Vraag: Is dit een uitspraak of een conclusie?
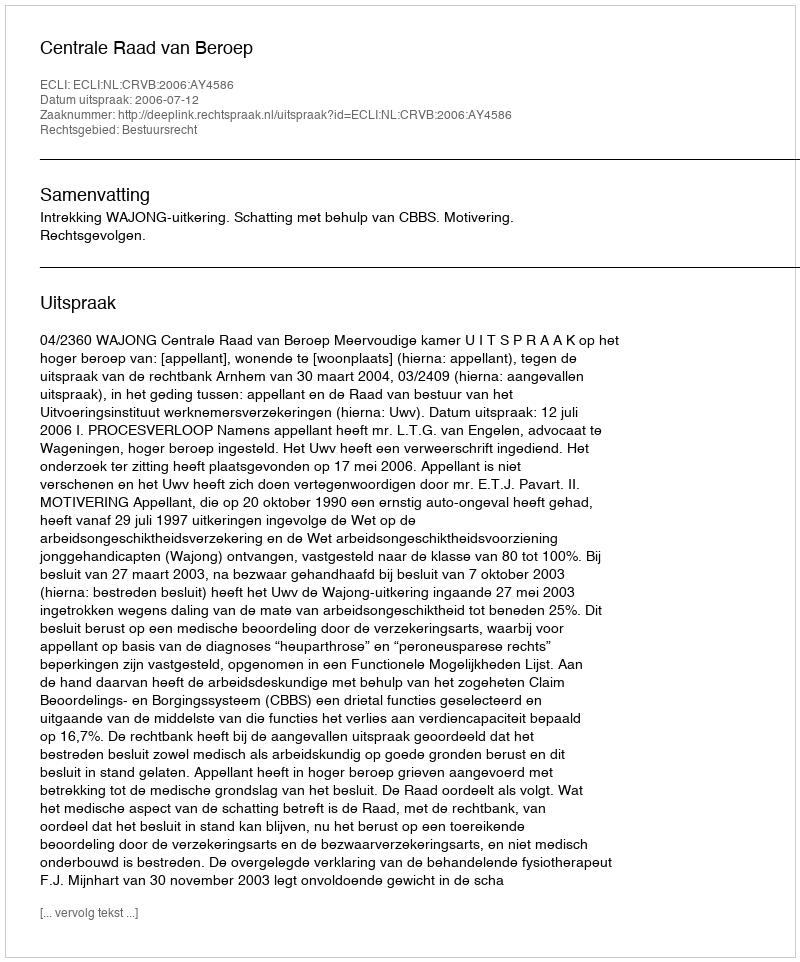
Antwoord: Uitspraak